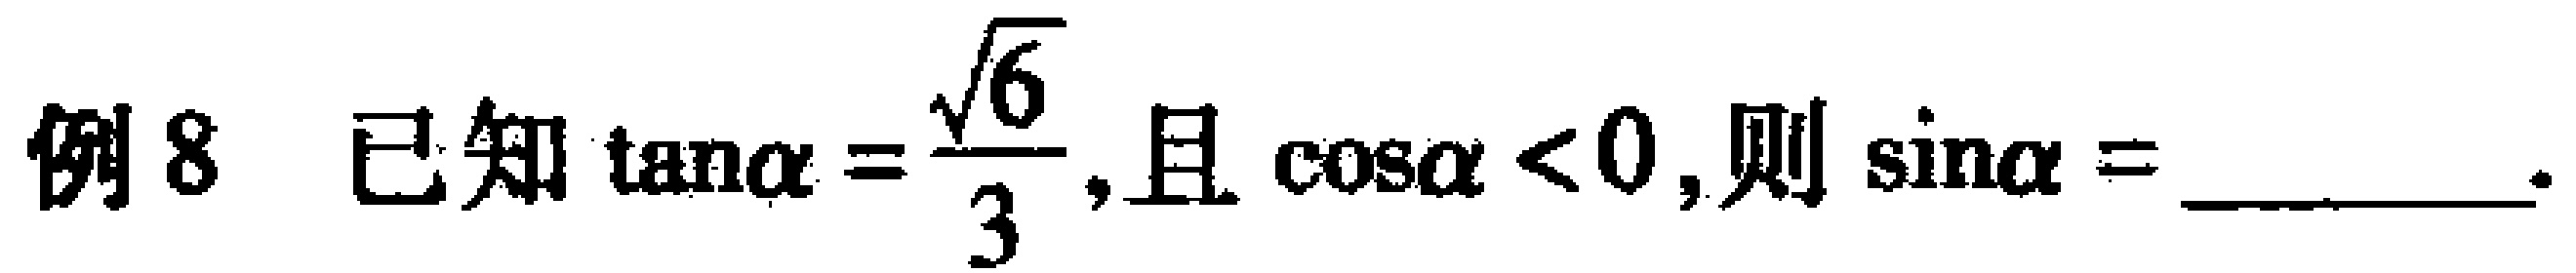
例8 已知$\tan\alpha = \frac{\sqrt{6}}{3}$，且$\cos\alpha < 0$，则$\sin\alpha =$________.